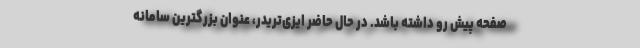
صفحه پیش رو داشته باشد. در حال حاضر ایزی‌تریدر، عنوان بزرگترین سامانه